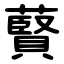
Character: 藖